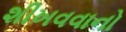
શીખવવાનો